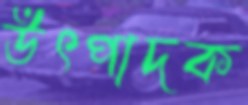
উৎপাদক